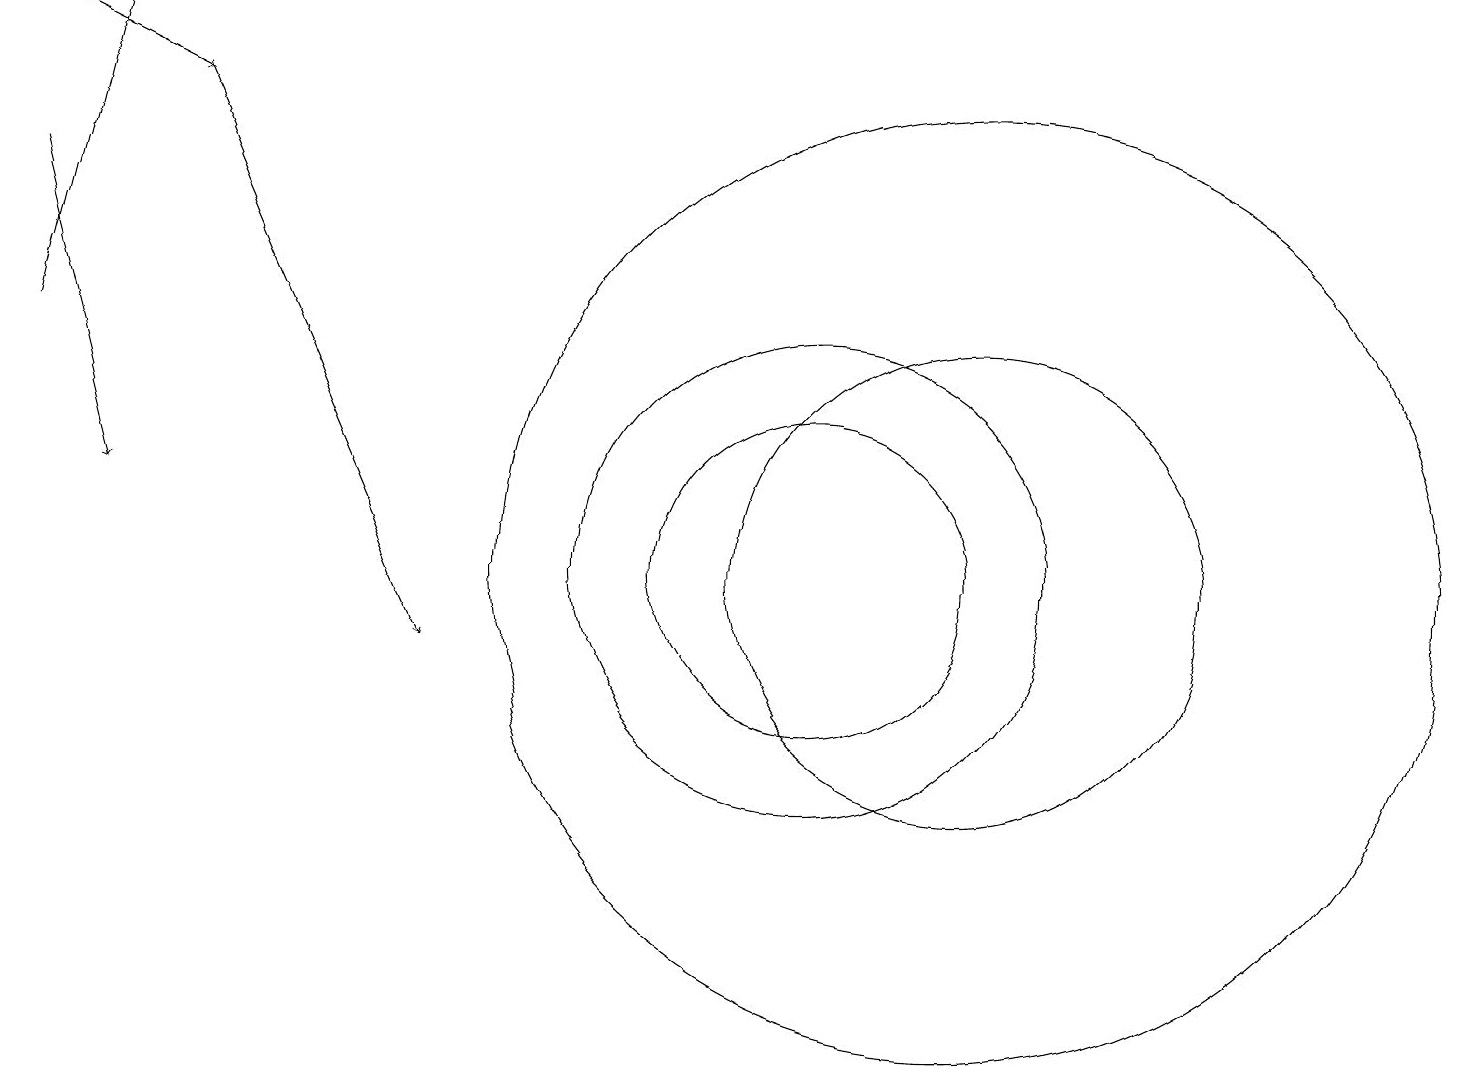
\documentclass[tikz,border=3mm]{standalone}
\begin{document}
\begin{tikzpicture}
\draw[->] (0,16) -- (1,12);
\draw (12,11) circle (6);
\draw (10,11) circle (2);
\draw (12,11) circle (3);
\draw[->] (2,17) -- (5,10);
\draw[->] (0,18) -- (2,17);
\draw[->] (0,14) -- (1,18);
\draw (10,11) circle (3);
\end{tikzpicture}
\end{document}